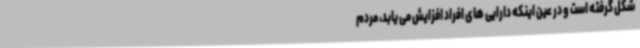
شکل گرفته است و در عین اینکه دارایی های افراد افزایش می یابد، مردم